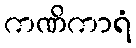
ကဏိကာရံ